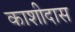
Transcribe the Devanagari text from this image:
काशीदास